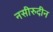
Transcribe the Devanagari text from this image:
नसीरुदीन